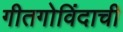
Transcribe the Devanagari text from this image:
गीतगोविंदाची